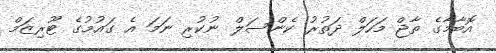
އޮބާމާގެ ތާޖް މަހަލް ދަތުރު ކެންސަލް ނުކުރި ނަމަ އެ ގައުމުގެ ޓޫރިޒަމް